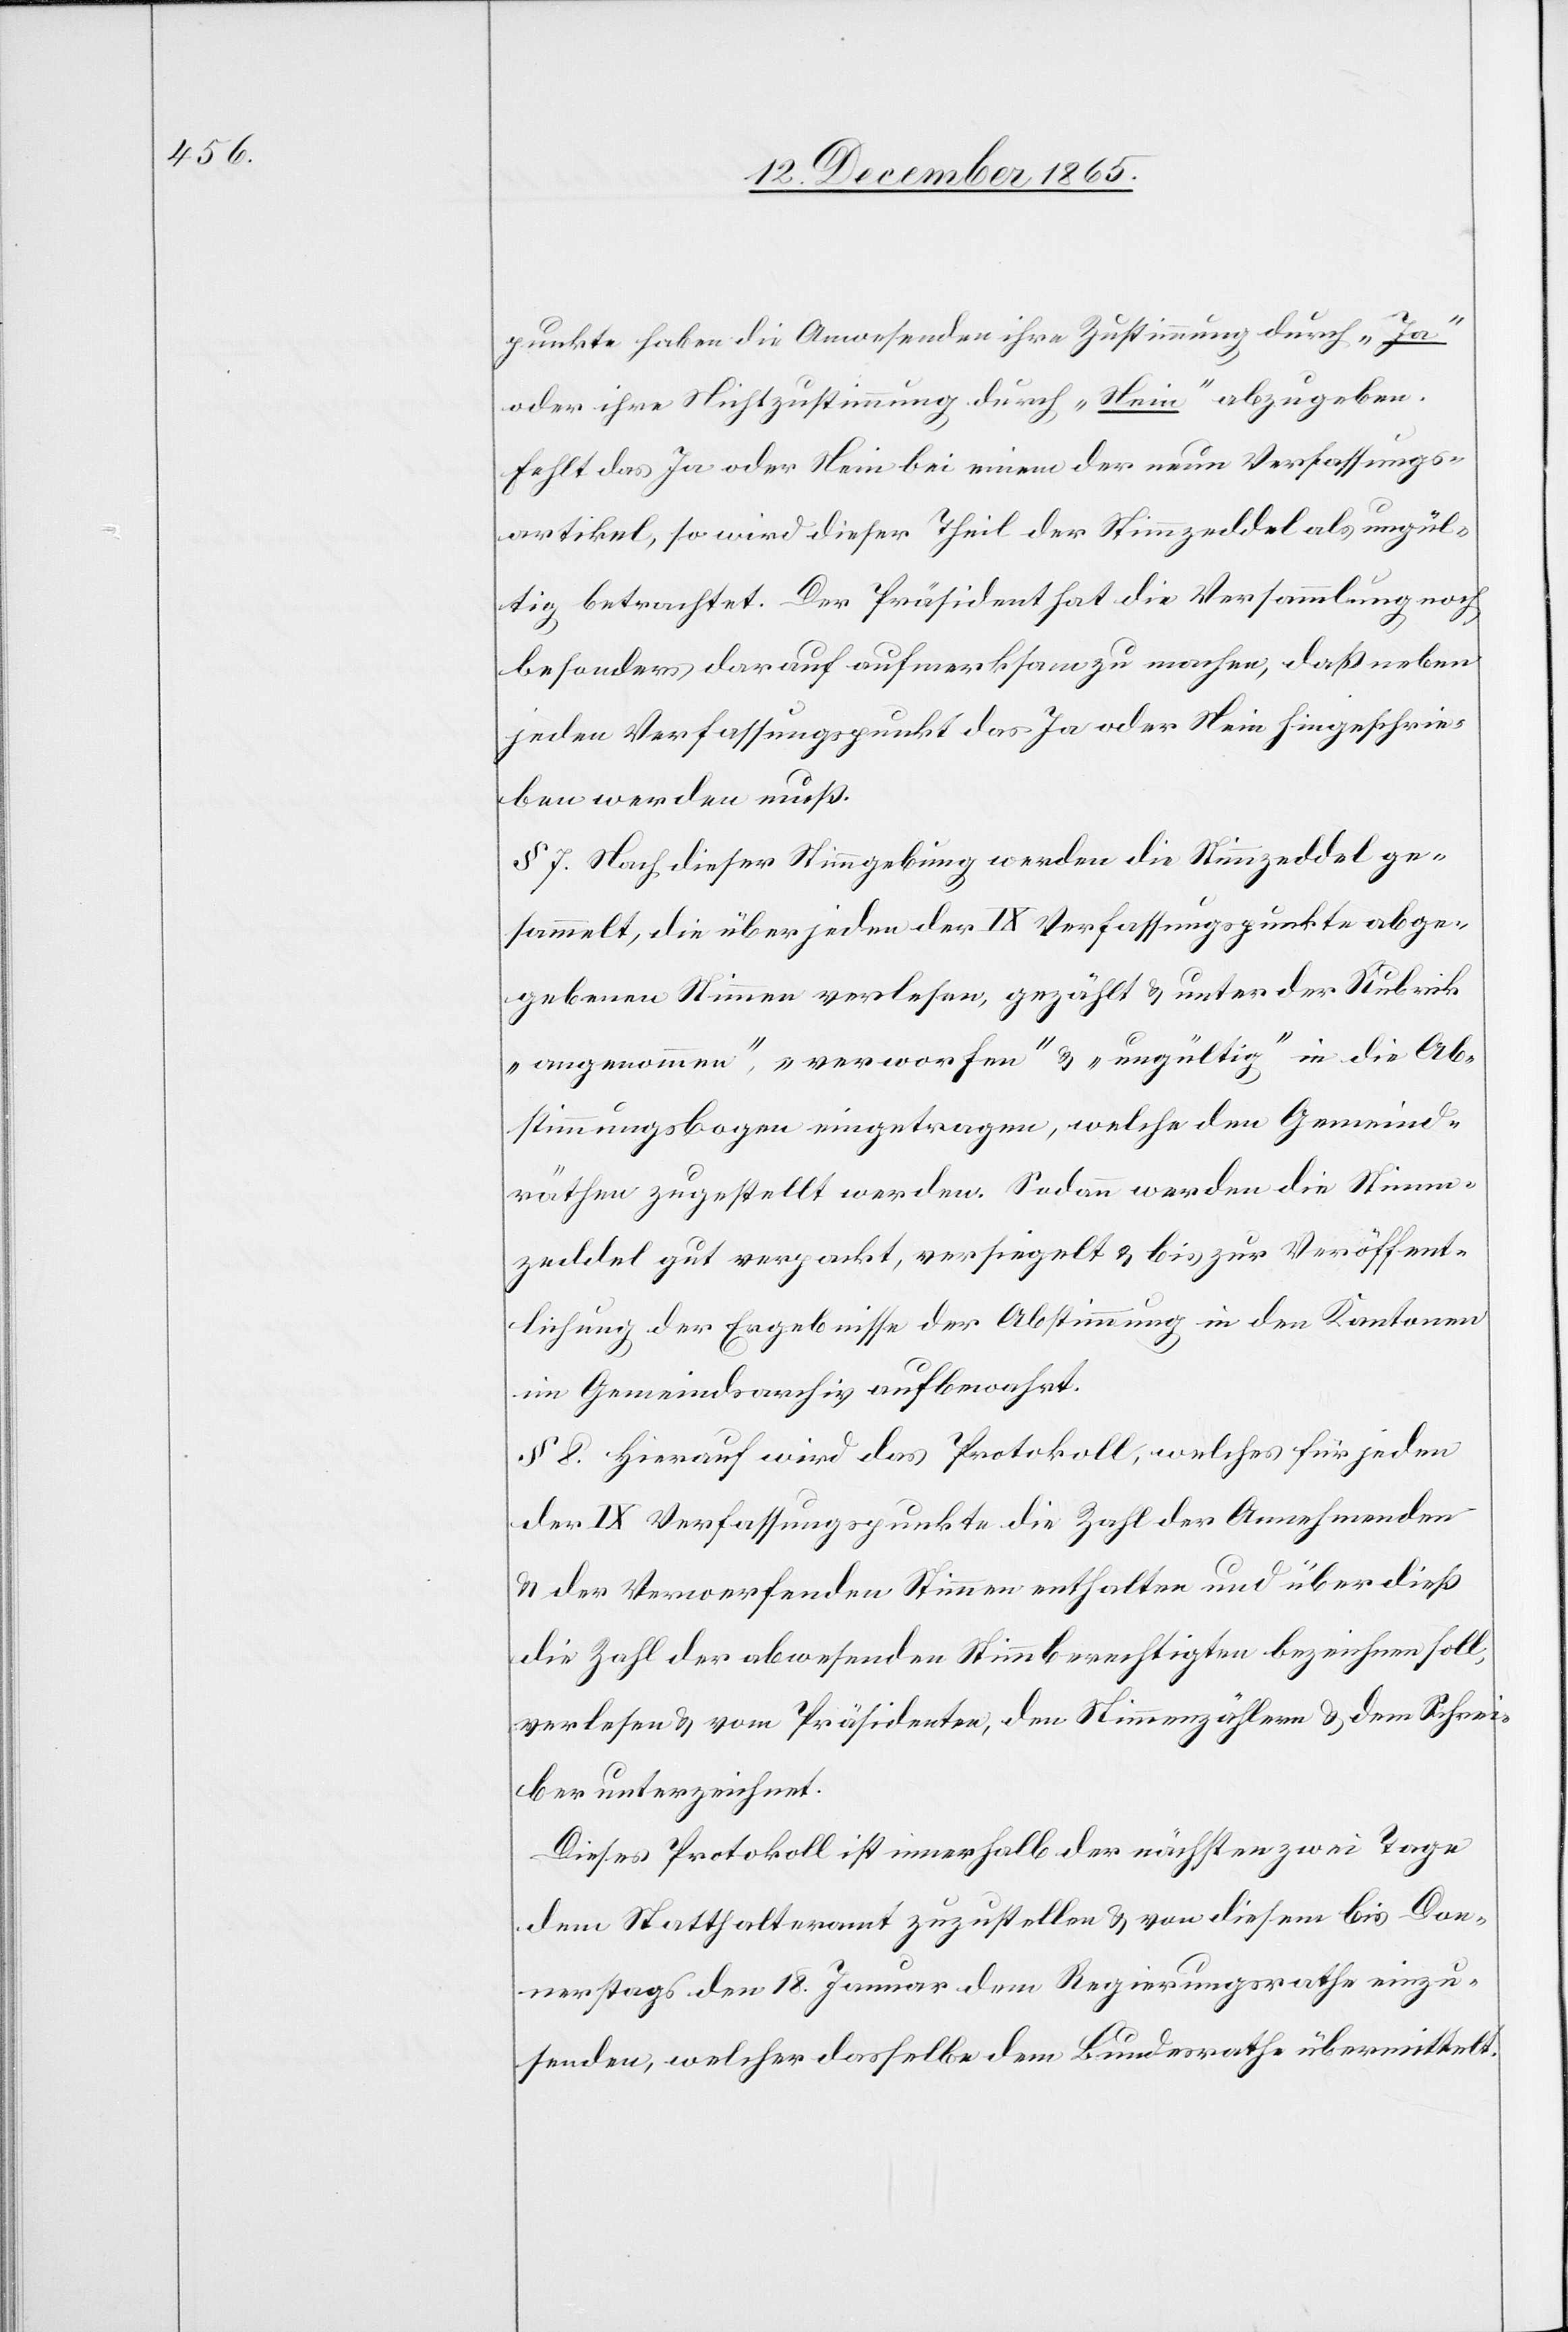
punkte haben die Anwesenden ihre Zustimmung durch „Ja“
oder ihre Nichtzustimmung durch „Nein“ abzugeben.
Fehlt das Ja oder Nein bei einem der neun Verfassungs¬
artikel, so wird dieser Theil der Stimmzeddel als ungül¬
tig betrachtet. Der Präsident hat die Versammlung noch
besonders darauf aufmerksam zu machen, daß neben
jeden Verfassungspunkt das Ja oder Nein hingeschrie¬
ben werden muß.
§ 7. Nach dieser Stimmgebung werden die Stimmzeddel ge¬
sammelt, die über jeden der IX Verfassungspunkte abge¬
gebenen Stimmen verlesen, gezählt & unter der Rubrik
„angenommen“, „verworfen“ & „ungültig“ in die Ab¬
stimmungsbogen eingetragen, welche den Gemeind¬
räthen zugestellt werden. Sodann werden die Stimm¬
zeddel gut verpackt, versiegelt & bis zur Veröffent¬
lichung der Ergebnisse der Abstimmung in den Kantonen
im Gemeindsarchiv aufbewahrt.
§ 8 Hierauf wird das Protokoll, welches für jeden
der IX Verfassungspunkte die Zahl der Annehmenden
& der Verwerfenden Stimmen enthalten und überdieß
die Zahl der abwesenden Stimmberechtigten bezeichnen soll,
verlesen & von Präsidenten, den Stimmenzählern & dem Schrei¬
ber unterzeichnet.
Dieses Protokoll ist innerhalb der nächsten zwei Tage
dem Statthalteramt zuzustellen & von diesem bis Don¬
nerstags den 18. Januar dem Regierungsrathe einzu¬
senden, welcher dasselbe dem Bundesrathe übermittelt.